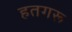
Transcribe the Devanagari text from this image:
हतगरू